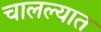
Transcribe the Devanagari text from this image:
चालल्यात